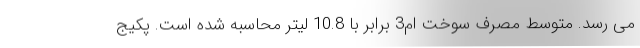
می رسد. متوسط مصرف سوخت ام3 برابر با 10.8 لیتر محاسبه شده است. پکیج